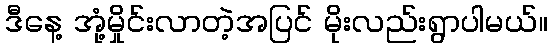
ဒီနေ့ အုံ့မှိုင်းလာတဲ့အပြင် မိုးလည်းရွာပါမယ်။